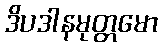
ဒိပဒါနမုတ္တမော